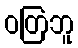
ဝတြဘူ